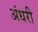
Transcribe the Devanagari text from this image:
अंधरी